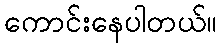
ကောင်းနေပါတယ်။